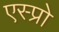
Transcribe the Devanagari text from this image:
एस्प्रो